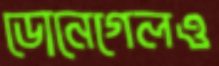
ডোনেগেলও